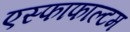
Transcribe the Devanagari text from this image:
एस्फाफाल्टम